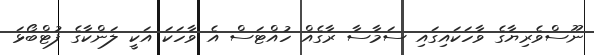
ނޫސްވެރިޔާގެ ވާހަކައިގައި ސަމާސާ ރާގެއް ހުއްޓަސް އެ ވާހަކަ އަކީ ލަންކާގެ ފުޓްބޯޅަ